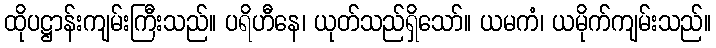
ထိုပဋ္ဌာန်းကျမ်းကြီးသည်။ ပရိဟီနေ၊ ယုတ်သည်ရှိသော်။ ယမကံ၊ ယမိုက်ကျမ်းသည်။